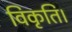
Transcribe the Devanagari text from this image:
विकृति।